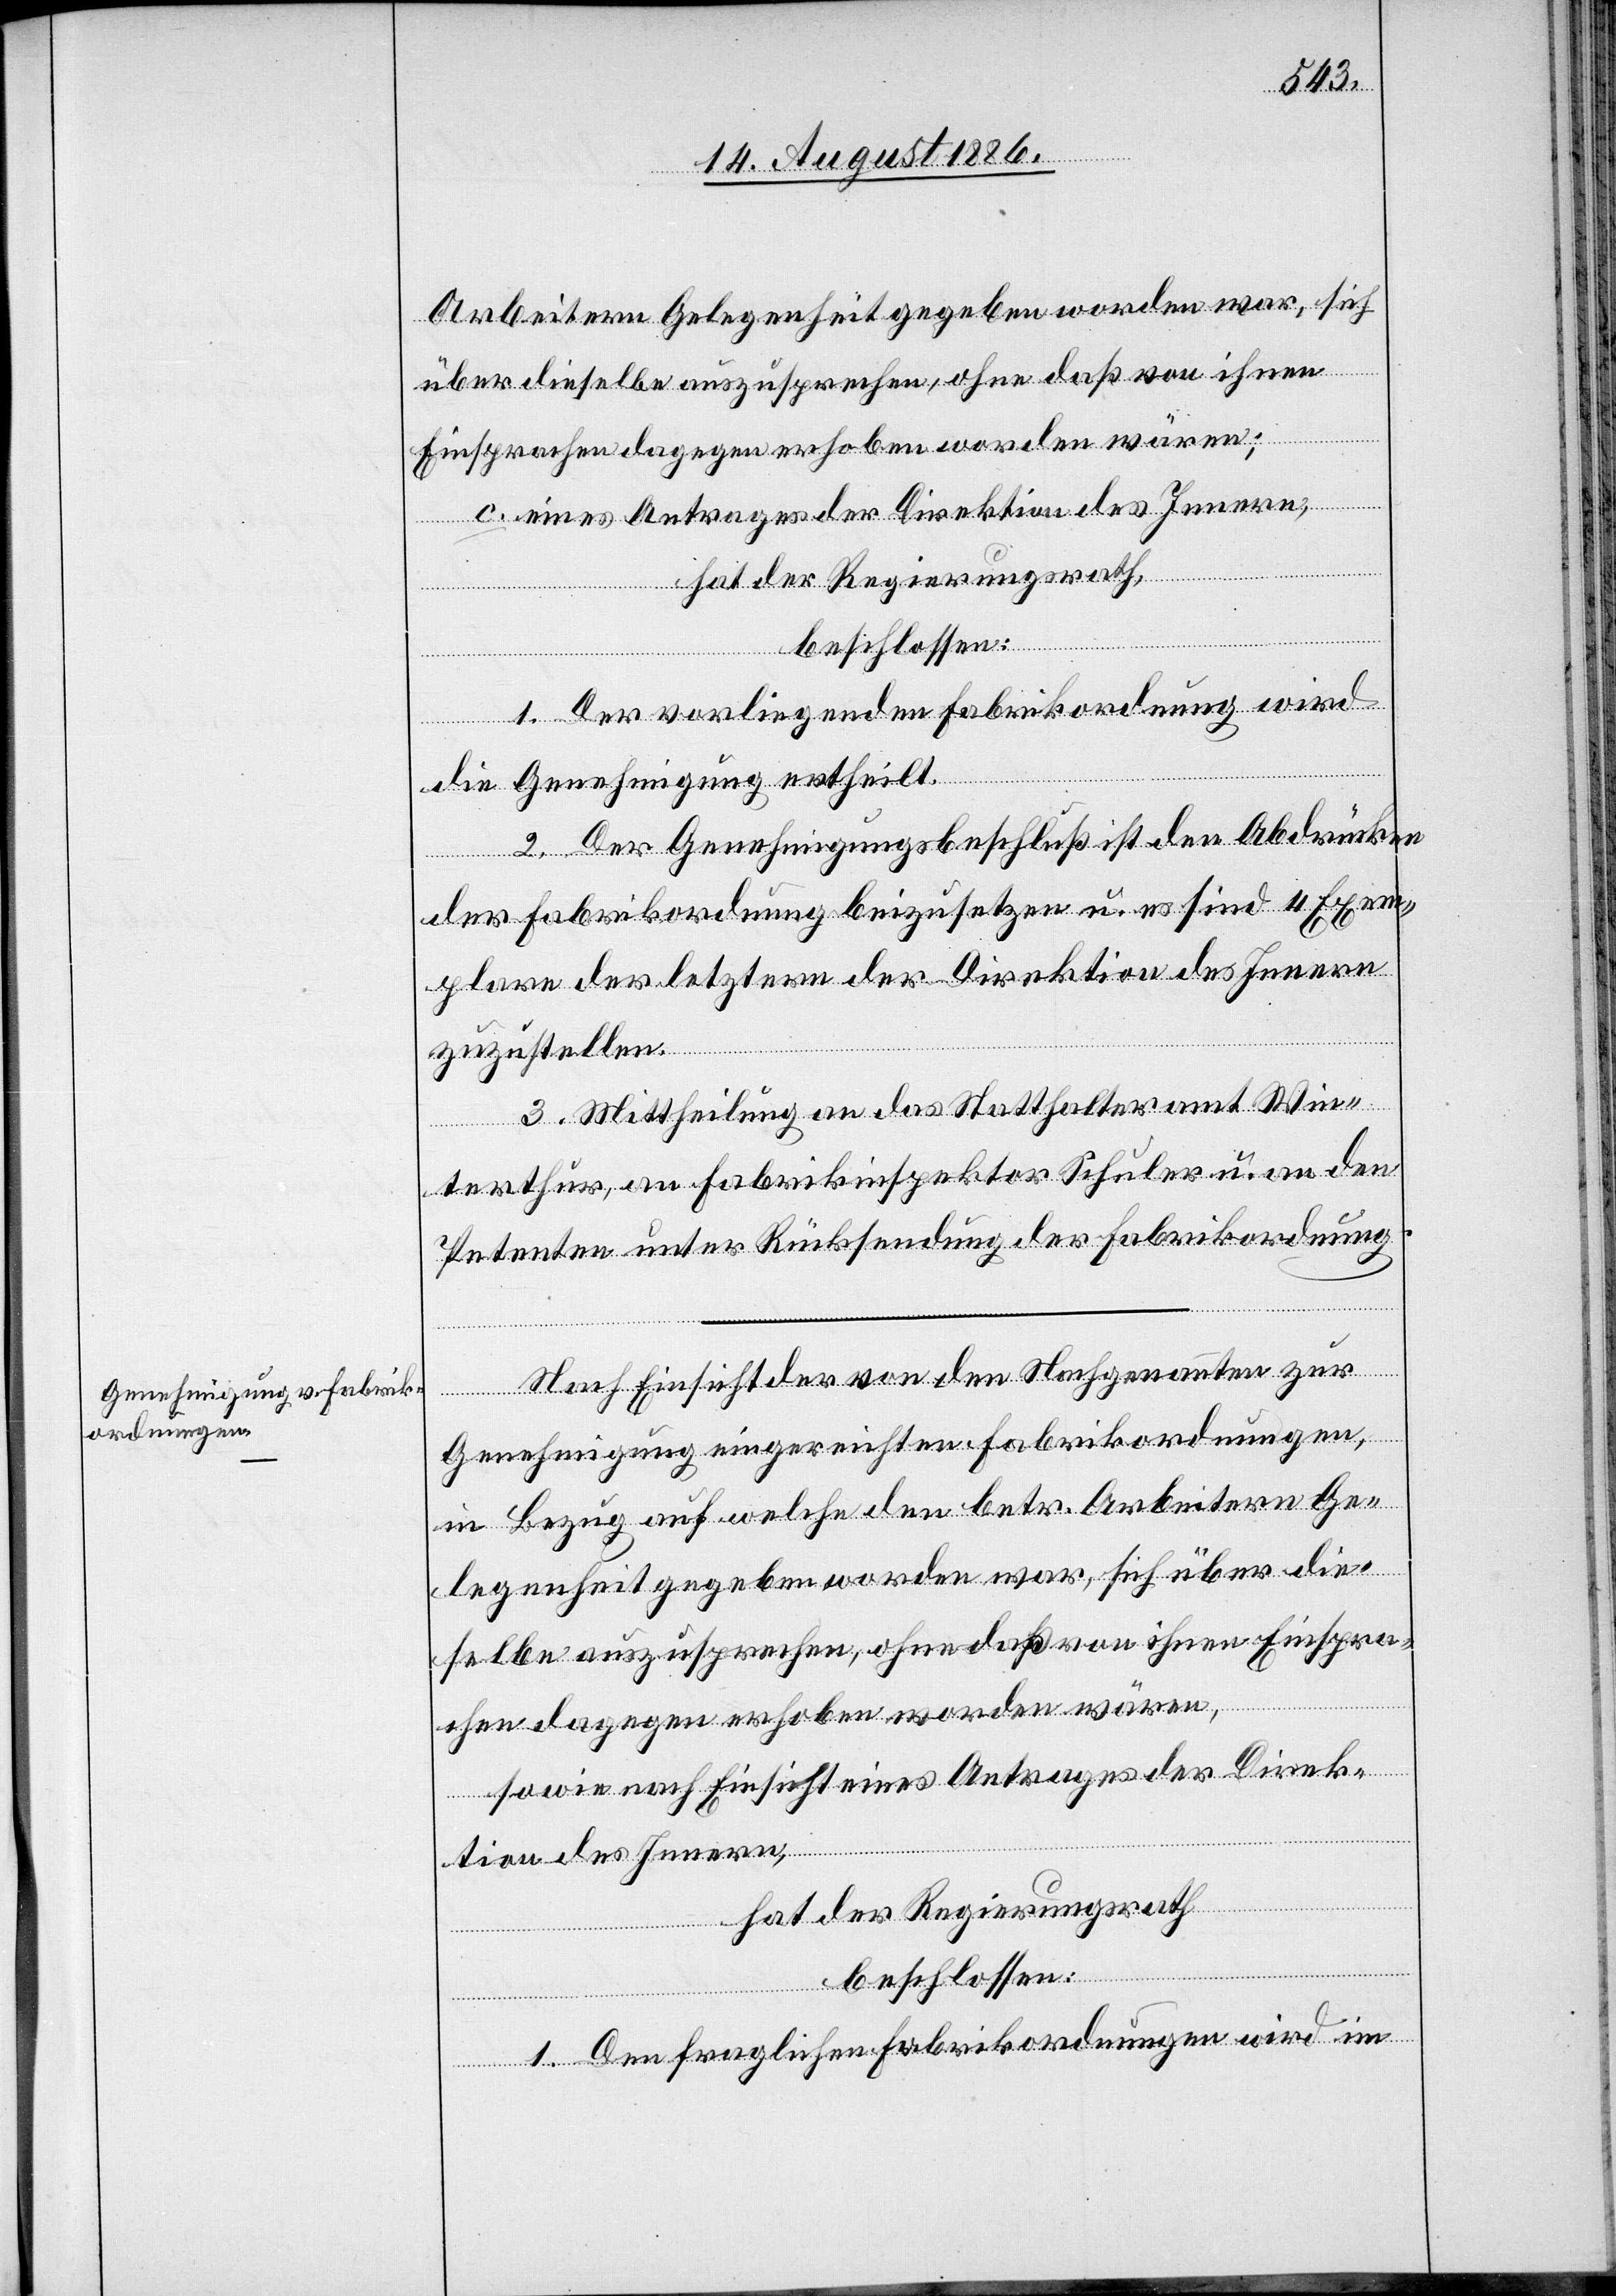
Arbeitern Gelegenheit gegeben worden war, sich
über dieselbe auszusprechen, ohne daß von ihnen
Einsprachen dagegen erhoben worden wären;
c. eines Antrages der Direktion des Innern,
hat der Regierungsrath,
beschlossen:
1. Der vorliegenden Fabrikordnung wird
die Genehmigung ertheilt.
2. Der Genehmigungsbeschluß ist den Abdrücken
der Fabrikordnung beizusetzen u. es sind 4 Exem¬
plare der letztern der Direktion des Innern
zuzustellen.
3. Mittheilung an das Statthalteramt Win¬
terthur, an Fabrikinspektor Schuler u. an den
Petenten unter Rücksendung der Fabrikordnung.
Nach Einsicht der von den Nachgenannten zur
Genehmigung eingereichten Fabrikordnungen,
in Bezug auf welche den betr. Arbeitern Ge¬
legenheit gegeben worden war, sich über die¬
selbe auszusprechen, ohne daß von ihnen Einspra¬
chen dagegen erhoben worden wären,
sowie nach Einsicht eines Antrages der Direk¬
tion des Innern,
hat der Regierungsrath
beschlossen:
1. Den fraglichen Fabrikordnungen wird im